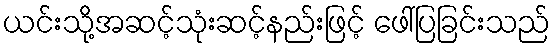
ယင်းသို့အဆင့်သုံးဆင့်နည်းဖြင့် ဖေါ်ပြခြင်းသည်